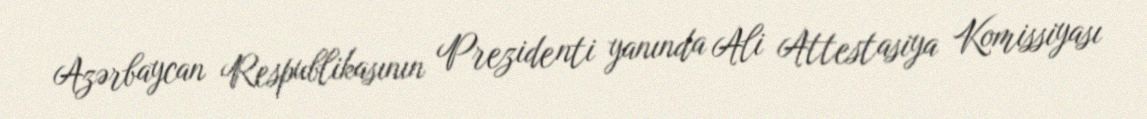
Azərbaycan Respublikasının Prezidenti yanında Ali Attestasiya Komissiyası